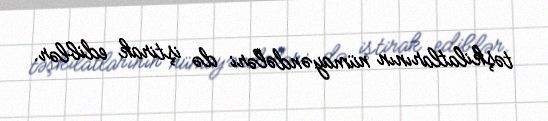
təşkilatlarının nümayəndələri də iştirak ediblər.